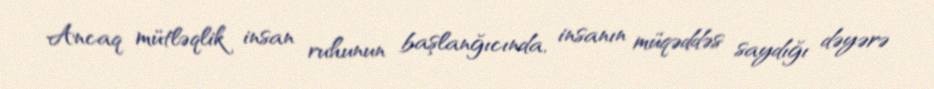
Ancaq mütləqlik insan ruhunun başlanğıcında, insanın müqəddəs saydığı dəyərə